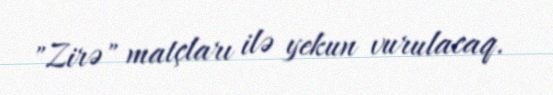
"Zirə" matçları ilə yekun vurulacaq.